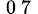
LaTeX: _\mathrm{~0~7~}